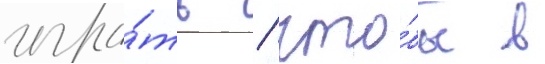
игра́ть / что́бы в